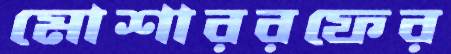
মোশাররফের